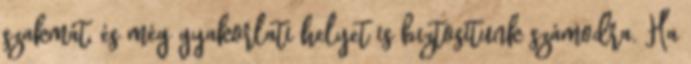
szakmát, és még gyakorlati helyet is biztosítunk számodra. Ha